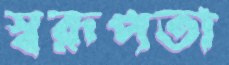
স্বরূপতা